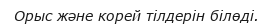
Орыс және корей тілдерін білөді.